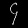
Digit: ၄